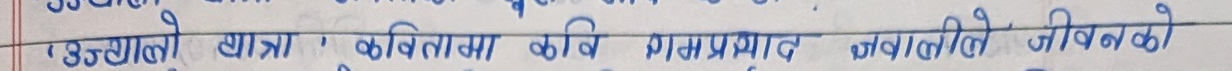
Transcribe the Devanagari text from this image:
उज्यालो यात्रा' कवितामा कवि रामप्रसाद ज्ञवालीले जीवनको